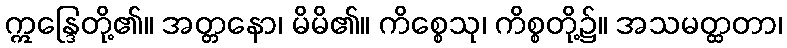
ဣန္ဒြေတို့၏။ အတ္တနော၊ မိမိ၏။ ကိစ္စေသု၊ ကိစ္စတို့၌။ အသမတ္ထတာ၊